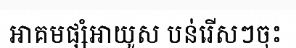
អាគមផ្សំអាយូស បន់រើសៗចុះ